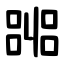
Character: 嘂